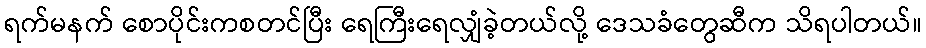
ရက်မနက် စောပိုင်းကစတင်ပြီး ရေကြီးရေလျှံခဲ့တယ်လို့ ဒေသခံတွေဆီက သိရပါတယ်။